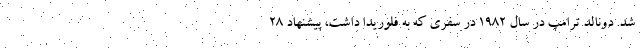
شد. دونالد ترامپ در سال ۱۹۸۲ در سفری که به فلوریدا داشت، پیشنهاد ۲۸